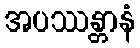
အပဿန္တာနံ